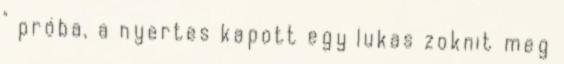
" próba, a nyertes kapott egy lukas zoknit meg